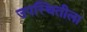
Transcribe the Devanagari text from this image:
उपस्थितीला